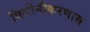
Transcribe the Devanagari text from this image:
विलीनीकरणास